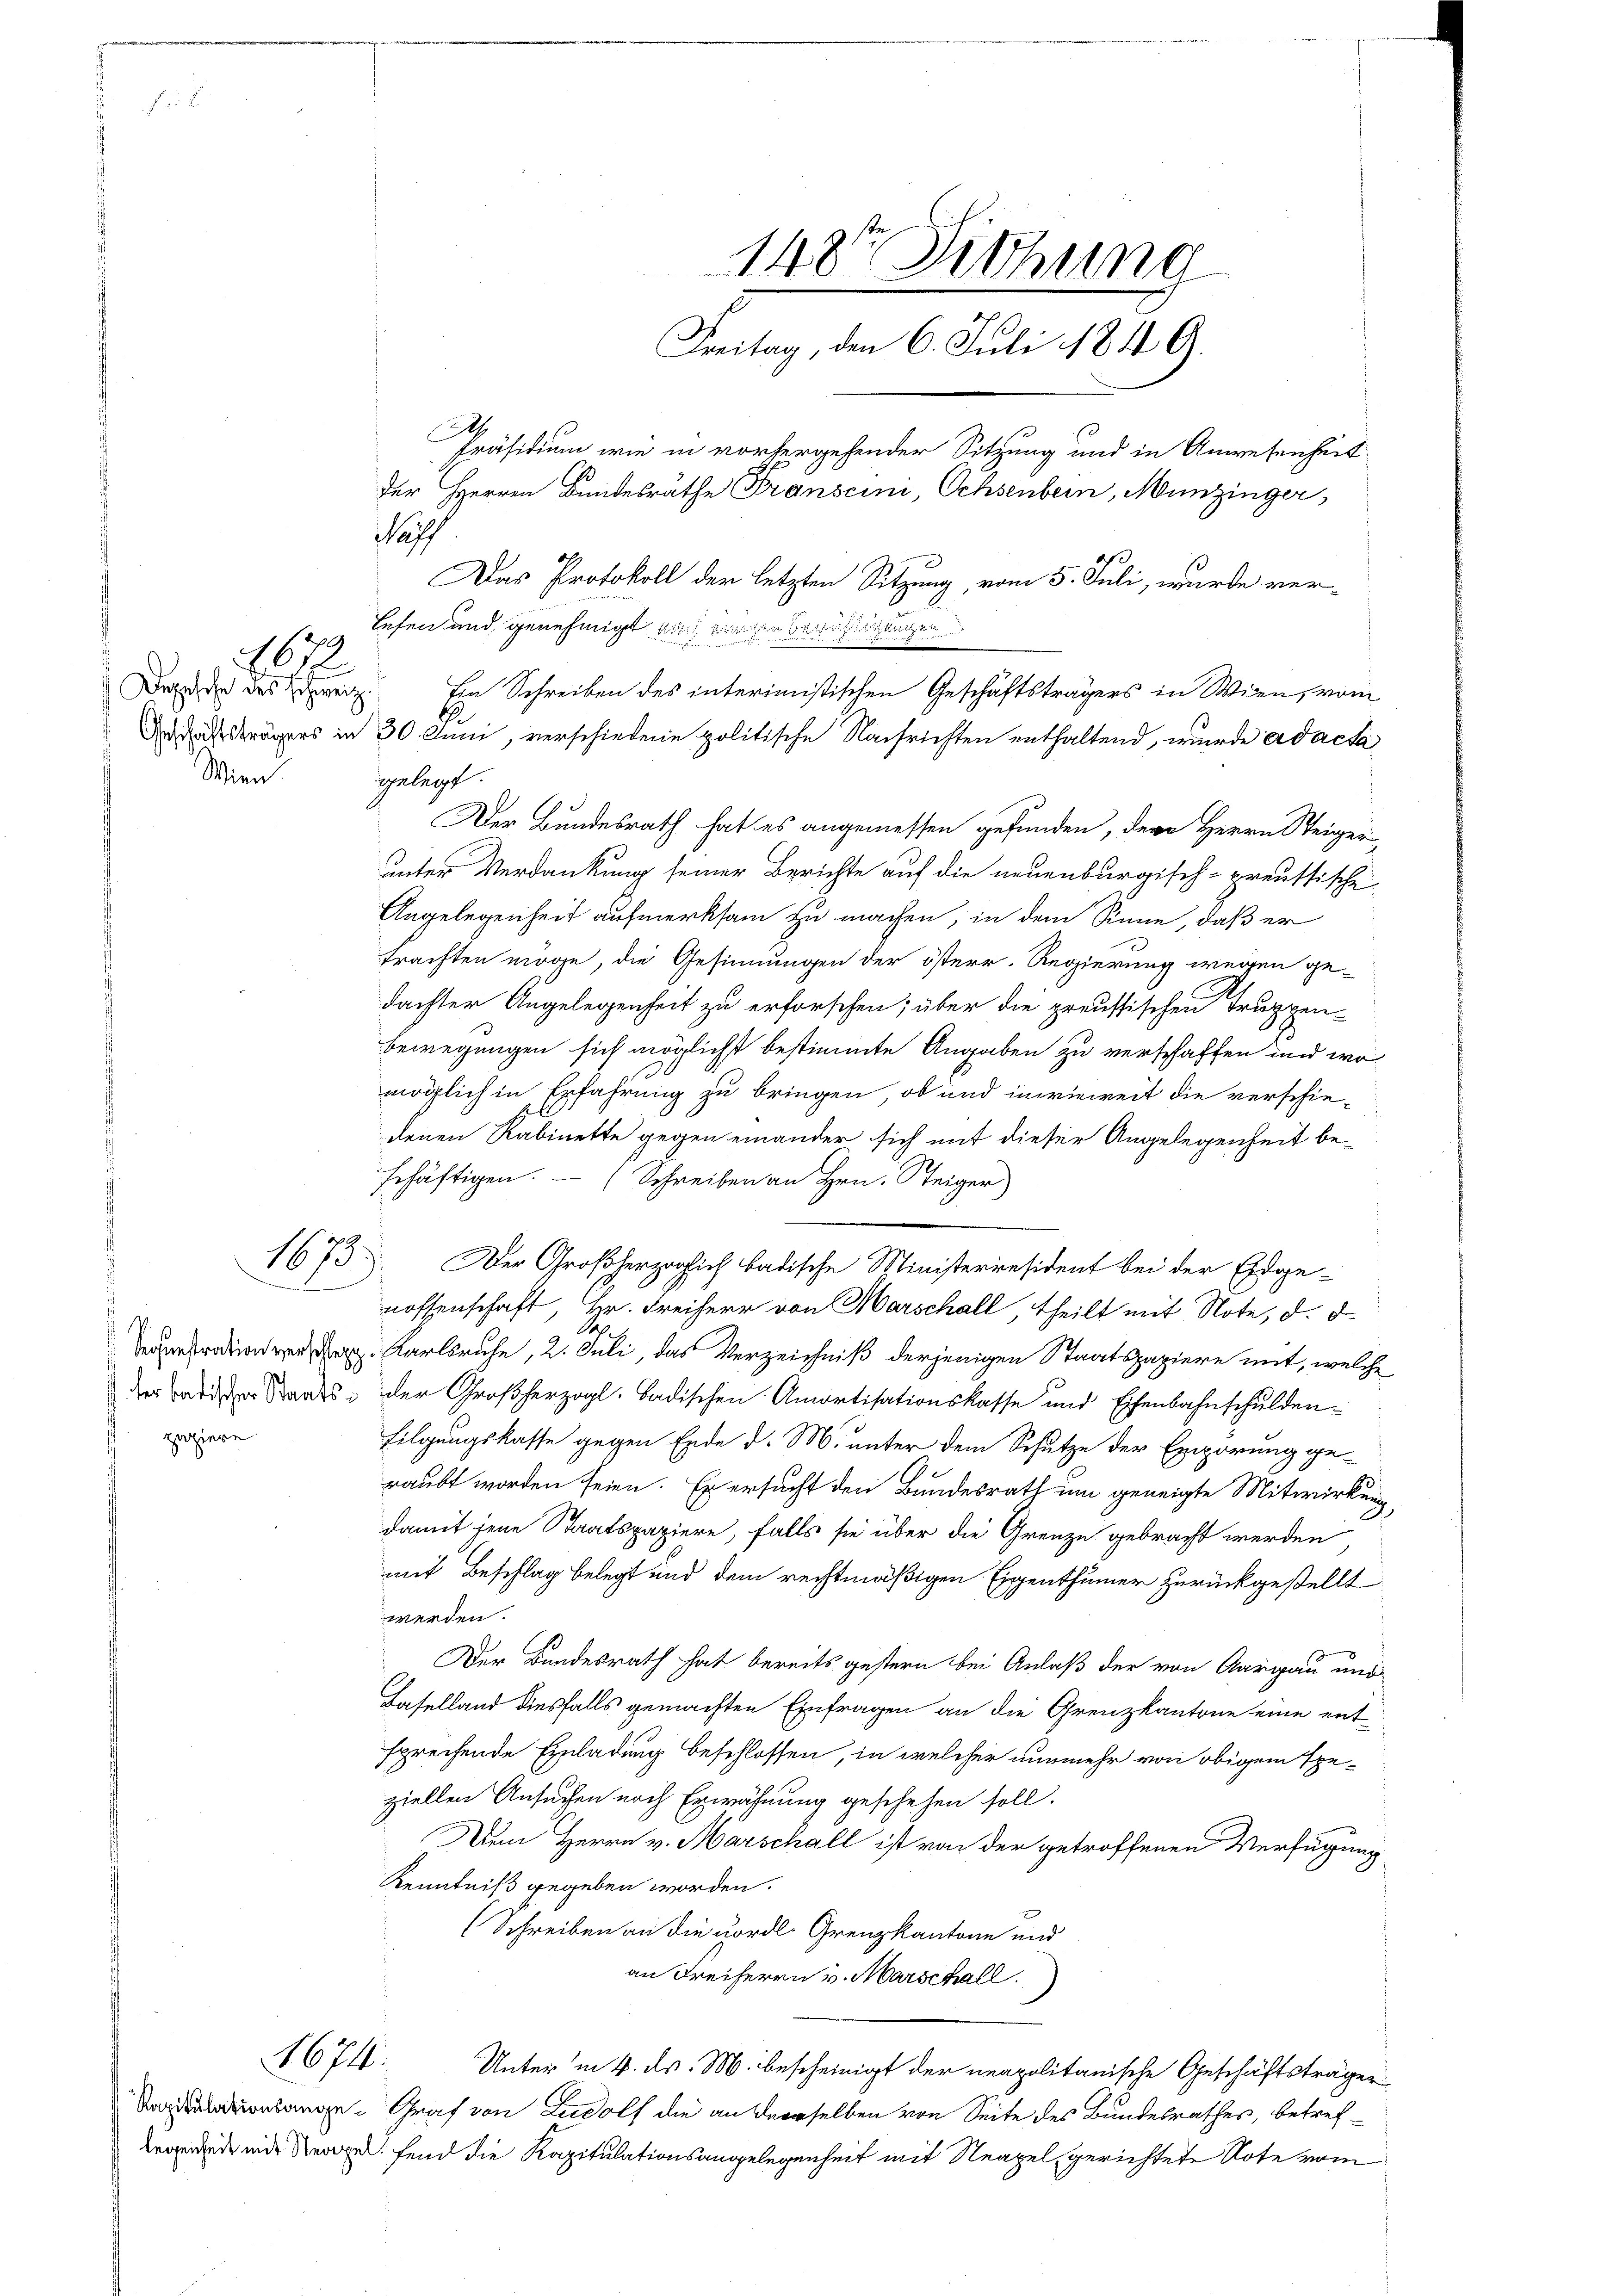
Depesche des Schweiz.
Wien.

612.

zuziere

as
Das Protokoll der letzten Sitzung, vom 5. Juli, wurde ver-
Lesen und genehmigt, auch eingen berüchtigungen
Ardatssträgers in 30. Juni, verschiedene politische Nachrichten enthaltend, wurde ad acta
gelegt.
Der Bundesrath hat es angemessen gefunden, der Herrn Steiger
unter Verdankung seiner Berichte auf die neuenburgisch-preussische
Angelegenheit aufmerksam zu machen, in dem Sinne, daß er
frachten möge, die Gesinnungen der österr. Regierung wegen gedachter Angelegenheit zu erforschen; über die preussischen Truppen-
bewegungen sich möglichst bestimmte Angaben zu verschaffen und wo
möglich in Erfahrung zu bringen, ob und inwieweit die verschiedenen Rabinette gegen einander sich mit dieser Angelegenheit beschäftigen. (Schreiben an Hrn. Steiger
1673. Der Großherzoglich badische Ministerresident bei der Eidge-
nossenschaft, Hr. Freiherr von Marschall, theilt mit Note, d. d.
d
 Karlsruhe, 2. Juli, das Verzeichniß derjenigen Staatspapiere mit, welche
der an Staats- der Großherzogl. Badischen Amortisationskasse und Eichenbahnschulden¬
Filgungskasse gegen Ende d. M. unter dem Schutze der Erpörung ge-
raubt worden seien. Er ersucht den Bundesrath um geneigte Mitwirkung,
damit jene Staatspapiere, falls sie über die Grenze gebracht werden
mit Beschlag belegt und dem rechtmäßigen Eigenthümer zurückgestellt
werden.
Der Bundesrath hat bereits gestern bei Anlaß der von Aargau und
Laselland diesfalls gemachten Einfragen an die Grenzkantone eine entsprechende Einladung beschlossen, in welcher nunmehr von obigem Exeziellen Ansuchen nach Erwähnung geschehen soll.
Dem Herrn v. Marschall ist von der getroffenen Verfügung
Kenntniß gegeben worden.
(Schreiben an die Fordl. Grenzkantone und
an Freiherrn v. Marschall
674. Unter in 4. ds. M. bescheinigt der neapolitanische Geschäftsträger
onlange Graf von Rudolf die an derselben von Seite des Bundesrathes, betref¬
Aegerede inde Verge fand die Kapitulationsangelegenheit mit Neapel gerichtete Note vom

148te Siehung
Freitag, den 6. Juli 1849.
Präsidium wie in vorhergehender Sitzung und in Anwesenheit
der Herren Bundesrathe Transcini, Ochsenbern, Munzinger,

Ein Schreiben des interimistischen Geschäftsträgers in Wien, vom